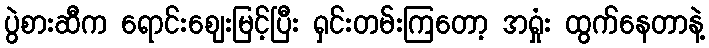
ပွဲစားဆီက ရောင်းဈေးမြင့်ပြီး ရှင်းတမ်းကြတော့ အရှုံး ထွက်နေတာနဲ့